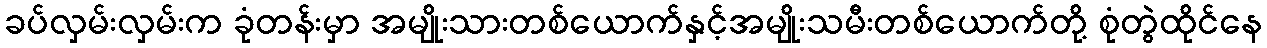
ခပ်လှမ်းလှမ်းက ခုံတန်းမှာ အမျိုးသားတစ်ယောက်နှင့်အမျိုးသမီးတစ်ယောက်တို့ စုံတွဲထိုင်နေ